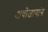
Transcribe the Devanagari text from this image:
अधोजायांग